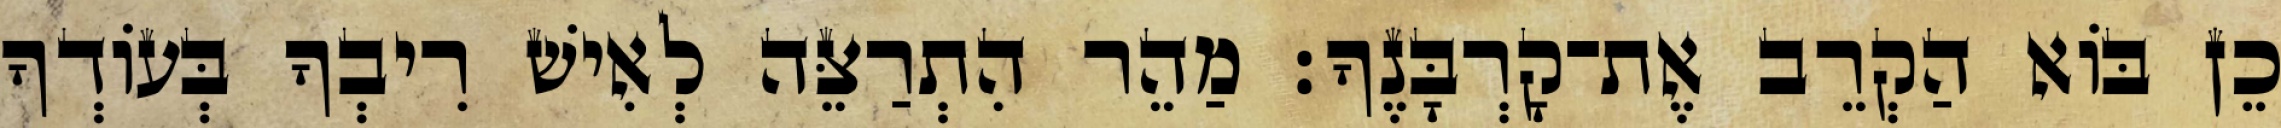
כֵן בּוֹא הַקְרֵב אֶת־קָרְבָּנֶךָ׃ מַהֵר הִתְרַצֵּה לְאִישׁ רִיבְךָ בְּעוֹדְךָ